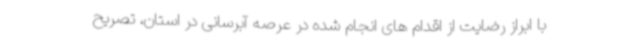
با ابراز رضایت از اقدام های انجام شده در عرصه آبرسانی در استان، تصریح